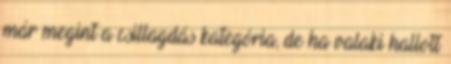
már megint a csillagdás kategória, de ha valaki hallott